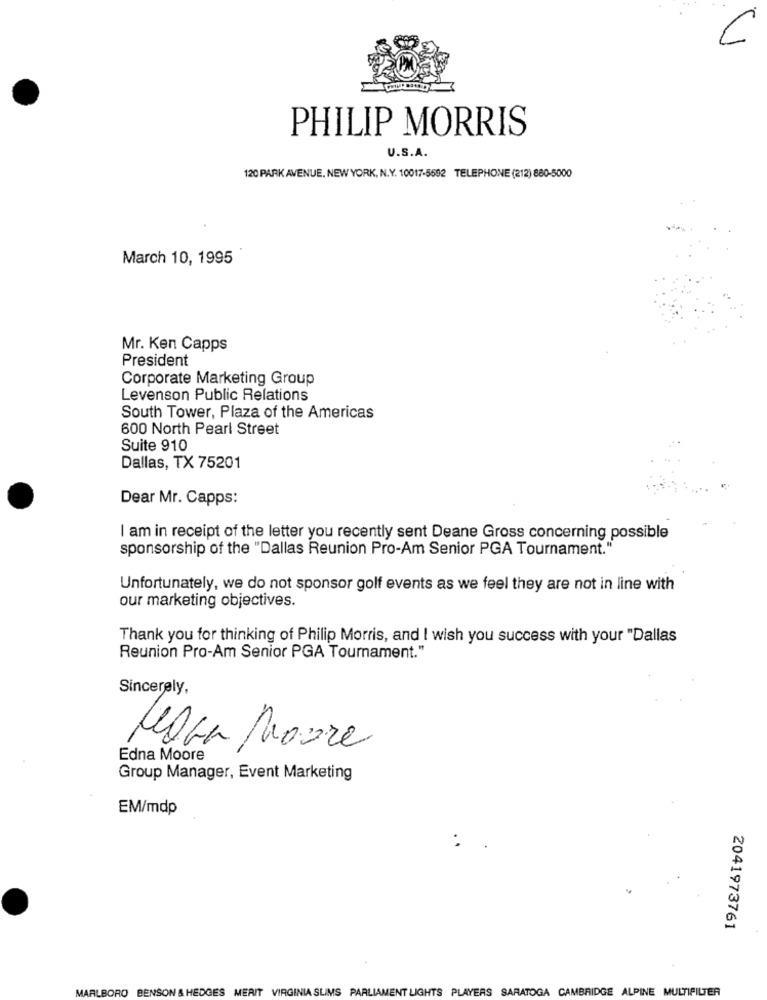
1
PHILIP MORRIS
U.S.A.
120 PARK AVENUE, NEW YORK, N.Y. 10017-5692 TELEPHONE (212) 880-5000
March 10, 1995
Mr. Ken Capps
President
Corporate Marketing Group
Levenson Public Relations
South Tower, Plaza of the Americas
600 North Pearl Street
Suite 910
Dallas, TX 75201
Dear Mr. Capps:
I am in receipt of the letter you recently sent Deane Gross concerning possible
sponsorship of the "Dallas Reunion Pro-Am Senior PGA Tournament."
Unfortunately, we do not sponsor golf events as we feel they are not in line with
our marketing objectives.
Thank you for thinking of Philip Morris, and I wish you success with your "Dallas
Reunion Pro-Am Senior PGA Tournament."
Sincerely,
-
MegGa Moure
Edna Moore
Group Manager, Event Marketing
EM/mdp
2041973761
MARLBORO BENSON & HEDGES MERIT VIRGINIA SLIMS PARLIAMENT LIGHTS PLAYERS SARATOGA CAMBRIDGE ALPINE MULTIFILTER